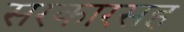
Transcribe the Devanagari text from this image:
सरकारसह